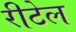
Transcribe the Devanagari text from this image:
रीटेल